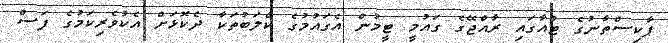
ޕާކިސްތާނުގެ ޓުއާގައި ރާއްޖޭގެ ގައުމީ ޓީމުން އެގައުމުގެ ކްލަބުތަކާ ދެކޮޅަށް އެކުވެރިކަމުގެ ފަސް